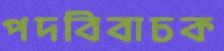
পদবিবাচক